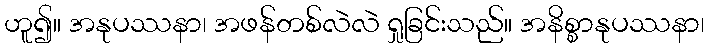
ဟူ၍။ အနုပဿနာ၊ အဖန်တစ်လဲလဲ ရှုခြင်းသည်။ အနိစ္စာနုပဿနာ၊